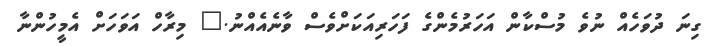
ގިނަ ދުވަހެއް ނުވެ މުސްކާން އަހަރުމެންގެ ފަހަރިއަކަށްވެސް ވާނެއެއްނު." މިރާހް އަވަހަށް އެމީހުންނާ